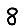
Digit: 8